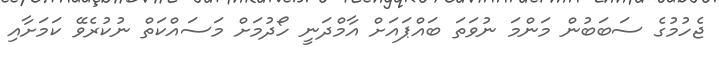
ޖެހުމުގެ ސަބަބުން މަންމަ ނުވަތަ ބައްޕައަށް އާމްދަނީ ހޯދުމަށް މަސައްކަތް ނުކުރެވޭ ކަމަށާއި